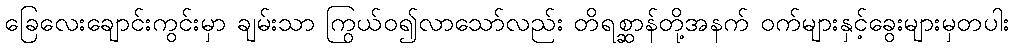
ခြေလေးချောင်းကွင်းမှာ ချမ်းသာ ကြွယ်ဝ၍လာသော်လည်း တိရစ္ဆာန်တို့အနက် ဝက်များနှင့်ခွေးများမှတပါး